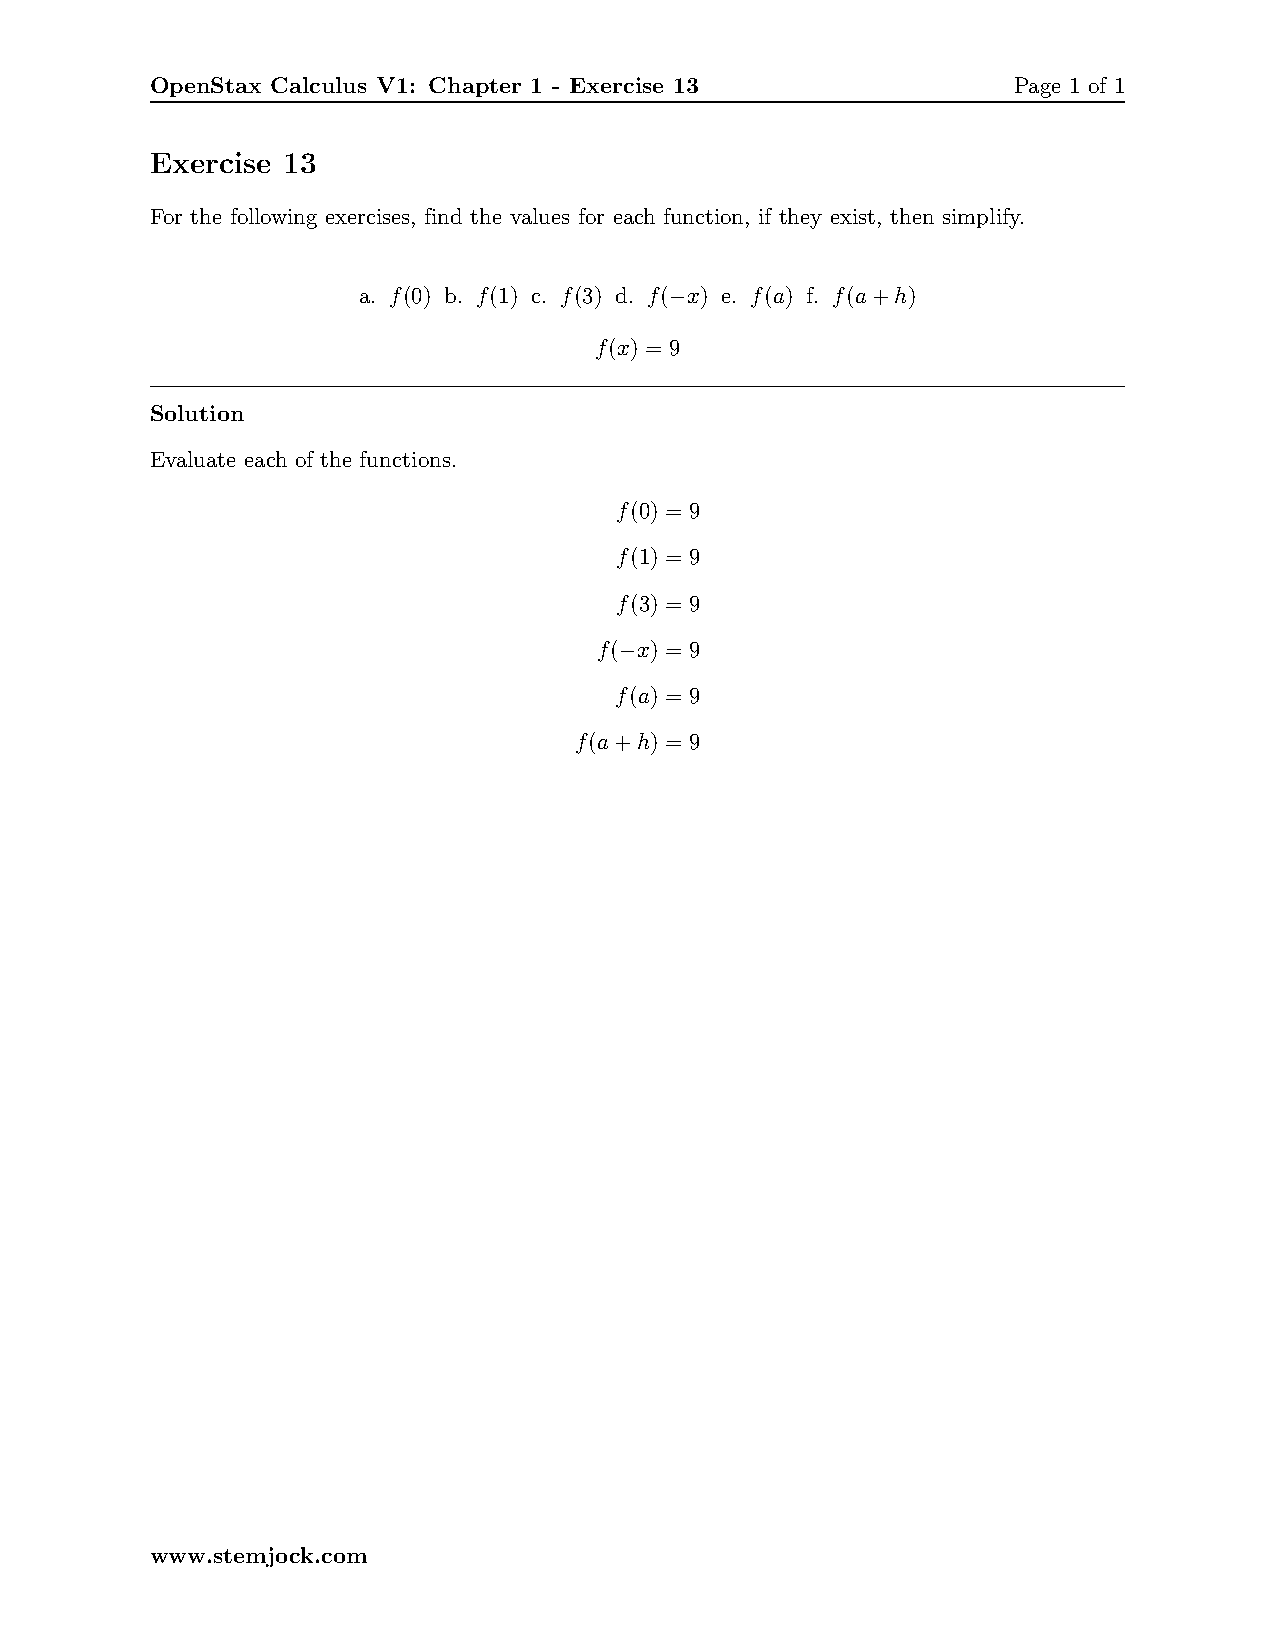
OpenStax Calculus V1: Chapter 1 - Exercise 13            Page 1 of 1
 Exercise 13
 For the following exercises, find the values for each function, if they exist, then simplify.
 a. f(0) b. f(1) c. f(3) d. f(−x) e. f(a) f. f(a+h)
 f(x) = 9
 Solution
 Evaluate each of the functions.
 f(0) = 9
 f(1) = 9
 f(3) = 9
 f(−x) = 9
 f(a) = 9
 f(a+h) = 9
 www.stemjock.com